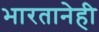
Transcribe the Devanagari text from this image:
भारतानेही